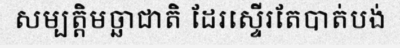
សម្បត្តិមច្ឆាជាតិ ដែរស្ទើរតែបាត់បង់